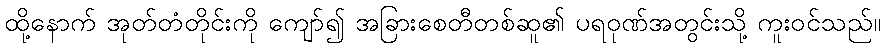
ထို့နောက် အုတ်တံတိုင်းကို ကျော်၍ အခြားစေတီတစ်ဆူ၏ ပရဝုဏ်အတွင်းသို့ ကူးဝင်သည်။